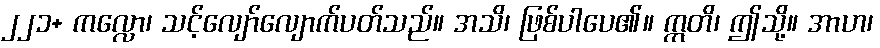
၂၂၁+ ကလ္လော၊ သင့်လျော်လျောက်ပတ်သည်။ အသိ၊ ဖြစ်ပါပေ၏။ ဣတိ၊ ဤသို့။ အာဟ၊